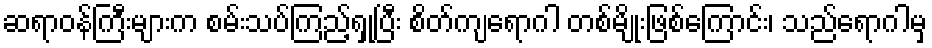
ဆရာဝန်ကြီးများက စမ်းသပ်ကြည့်ရှုပြီး စိတ်ကျရောဂါ တစ်မျိုးဖြစ်ကြောင်း၊ သည်ရောဂါမှ